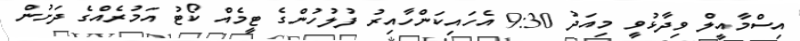
އިސްމާއީލް ވިދާޅުވީ މިއަދު 9:30 އެހައިކަންހާއިރު ފުލުހުންގެ ޓީމެއް ކޯޓު އަމުރެއްގެ ދަށުން